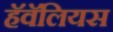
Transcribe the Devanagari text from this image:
हॅवॅलियस